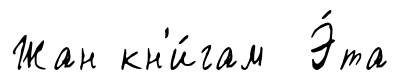
Жан кн'и́гам Э́та